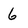
Character: 6